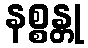
နစ္စန္တု